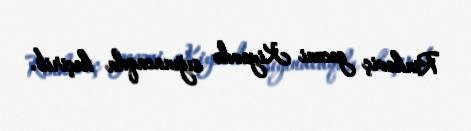
Rinkeviç gecəni Kiyevdə sığınacaqda keçirib.